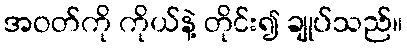
အဝတ်ကို ကိုယ်နဲ့ တိုင်း၍ ချုပ်သည်။